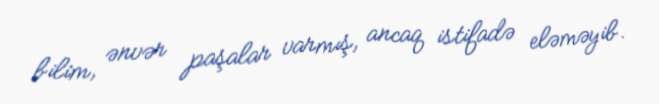
bilim, ənvər paşalar varmış, ancaq istifadə eləməyib.